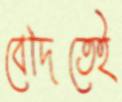
বেদিতেই